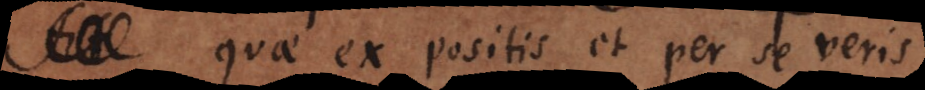
quae ex positis et per se veris